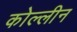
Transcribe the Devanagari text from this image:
कोल्लीन